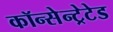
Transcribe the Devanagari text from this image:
कॉन्सेन्ट्रेटेड